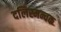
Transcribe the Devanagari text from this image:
दलिस्मन्चक